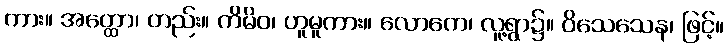
ကား။ အတ္ထော၊ တည်း။ ကိမိဝ၊ ဟူမူကား။ လောကေ၊ လူ့ရွာ၌။ ဝိသေသေန၊ ဖြင့်။